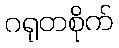
ဂရုတစိုက်